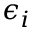
\epsilon _ { i }